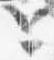
と